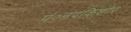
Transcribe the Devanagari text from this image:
पं०नंदकिशोर